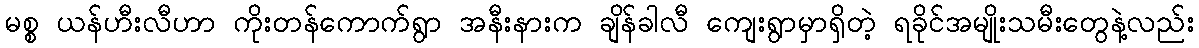
မစ္စ ယန်ဟီးလီဟာ ကိုးတန်ကောက်ရွာ အနီးနားက ချိန်ခါလီ ကျေးရွာမှာရှိတဲ့ ရခိုင်အမျိုးသမီးတွေနဲ့လည်း